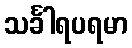
သင်္ခါရပရမာ